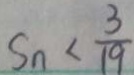
S _ { n } < \frac { 3 } { 1 9 }